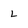
Character: L